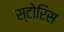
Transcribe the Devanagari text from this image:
स्टोरिस